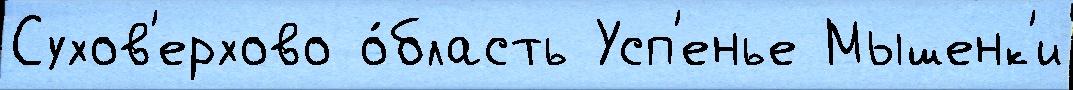
Сухов'ерхово о́бласть Усп'енье Мышенк'и